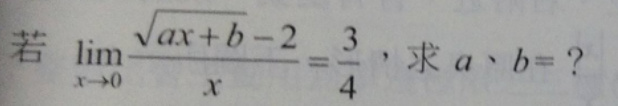
若\(\lim_{x \to 0} \frac{\sqrt{ax + b}-2}{x}=\frac{3}{4}\)，求\(a\)、\(b =?\)